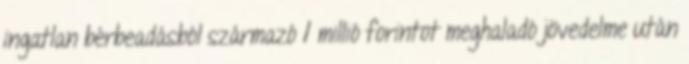
ingatlan bérbeadásból származó 1 millió forintot meghaladó jövedelme után